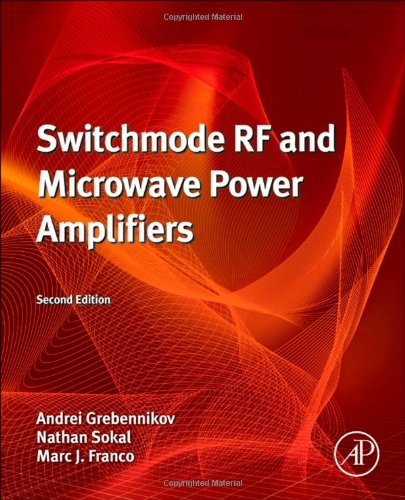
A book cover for Switchmode RF and Microwave Power Amplifiers, Second Edition; Andrei Grebennikov; Crafts, Hobbies & Home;